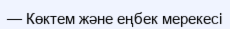
— Көктем және еңбек мерекесі